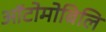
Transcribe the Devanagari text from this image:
ऑटोमोबिलि